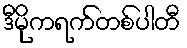
ဒီမိုကရက်တစ်ပါတီ